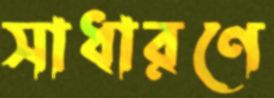
সাধারণে